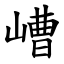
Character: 嶆